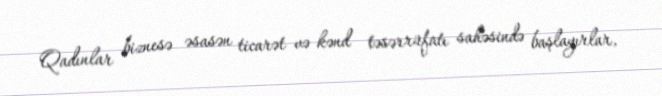
Qadınlar biznesə əsasən ticarət və kənd təsərrüfatı sahəsində başlayırlar,